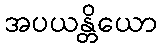
အပယန္တိယော